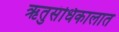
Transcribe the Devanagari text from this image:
ऋतुसंधिकालात